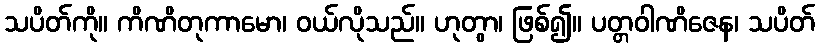
သပိတ်ကို။ ကိဏိတုကာမော၊ ဝယ်လိုသည်။ ဟုတွာ၊ ဖြစ်၍။ ပတ္တဝါဏိဇေန၊ သပိတ်